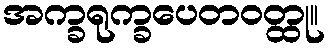
အက္ခရုက္ခပေတဝတ္ထု။